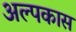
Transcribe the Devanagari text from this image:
अल्पकास